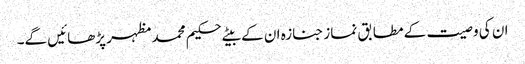
ان کی وصیت کے مطابق نماز جنازہ ان کے بیٹے حکیم محمد مظہر پڑھائیں گے۔